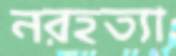
নরহত্যা